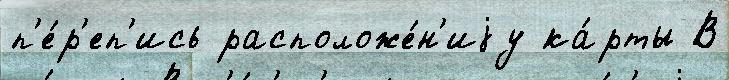
п'е́р'еп'ись расположе́н'иjу ка́рты В